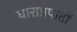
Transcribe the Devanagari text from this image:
धाराप्रपातों